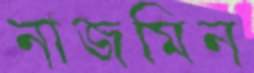
নাজমিন